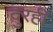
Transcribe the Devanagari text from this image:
दुरही